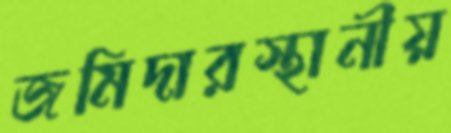
জমিদারস্থানীয়